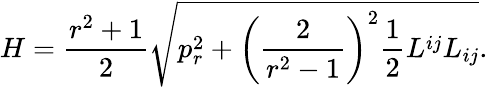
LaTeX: H=\frac{r^{2}+1}2\sqrt{p_{r}^{2}+\left(\frac 2{r^{2}-1}\right)^{2}\frac 12L^{ij}L_{ij}}.